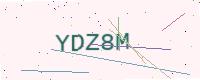
Text: YDZ8M